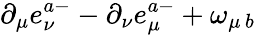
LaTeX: \partial_{\mu}e_{\nu}^{a-}-\partial_{\nu}e_{\mu}^{a-}+\omega_{\mu\, b}